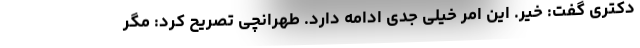
دکتری گفت: خیر. این امر خیلی جدی ادامه دارد. طهرانچی تصریح کرد: مگر